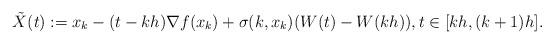
LaTeX: \begin{align*} \tilde{X}(t):=x_k-(t-kh)\nabla f(x_k)+\sigma(k,x_k)(W(t)-W(kh)), t\in [kh,(k+1)h] .\end{align*}